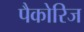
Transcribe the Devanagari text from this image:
पैकोरिज